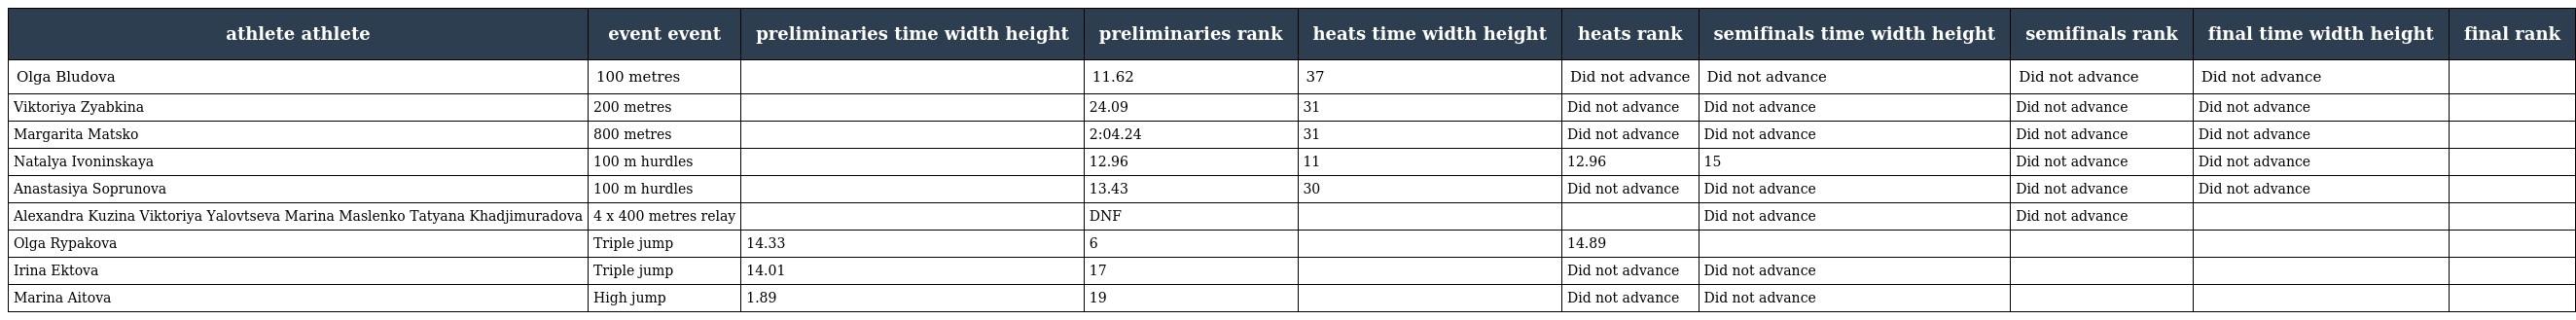
| athlete athlete | event event | preliminaries time width height | preliminaries rank | heats time width height | heats rank | semifinals time width height | semifinals rank | final time width height | final rank |
 | --- | --- | --- | --- | --- | --- | --- | --- | --- | --- |
 | Olga Bludova | 100 metres |  | 11.62 | 37 | Did not advance | Did not advance | Did not advance | Did not advance |  |
 | Viktoriya Zyabkina | 200 metres |  | 24.09 | 31 | Did not advance | Did not advance | Did not advance | Did not advance |  |
 | Margarita Matsko | 800 metres |  | 2:04.24 | 31 | Did not advance | Did not advance | Did not advance | Did not advance |  |
 | Natalya Ivoninskaya | 100 m hurdles |  | 12.96 | 11 | 12.96 | 15 | Did not advance | Did not advance |  |
 | Anastasiya Soprunova | 100 m hurdles |  | 13.43 | 30 | Did not advance | Did not advance | Did not advance | Did not advance |  |
 | Alexandra Kuzina Viktoriya Yalovtseva Marina Maslenko Tatyana Khadjimuradova | 4 x 400 metres relay |  | DNF |  |  | Did not advance | Did not advance |  |  |
 | Olga Rypakova | Triple jump | 14.33 | 6 |  | 14.89 |  |  |  |  |
 | Irina Ektova | Triple jump | 14.01 | 17 |  | Did not advance | Did not advance |  |  |  |
 | Marina Aitova | High jump | 1.89 | 19 |  | Did not advance | Did not advance |  |  |  |